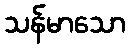
သန်မာသော